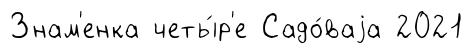
Знам'енка четы́р'е Садо́ваjа 2021